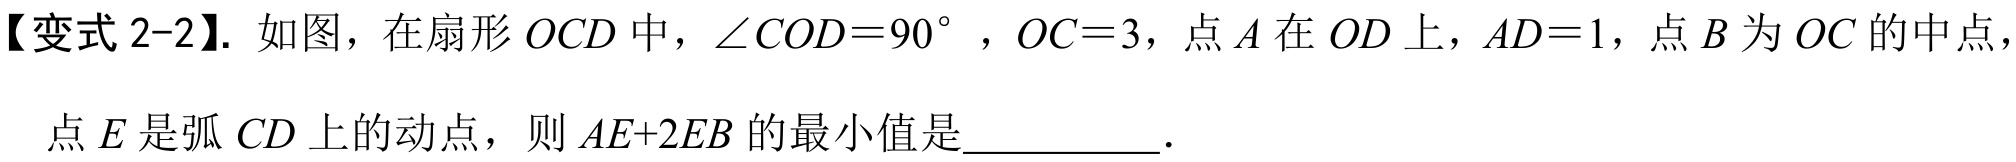
【变式 2-2】. 如图，在扇形\(OCD\)中，\(\angle COD = 90^{\circ}\)，\(OC = 3\)，点\(A\)在\(OD\)上，\(AD = 1\)，点\(B\)为\(OC\)的中点，
点\(E\)是弧\(CD\)上的动点，则\(AE + 2EB\)的最小值是  ．